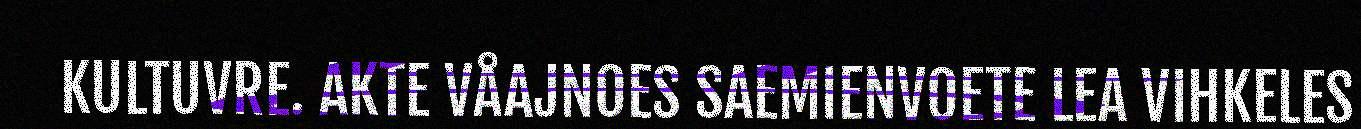
KULTUVRE. AKTE VÅAJNOES SAEMIENVOETE LEA VIHKELES